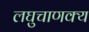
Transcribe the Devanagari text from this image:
लघुचाणक्य